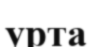
урта